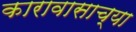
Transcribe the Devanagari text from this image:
कारावासाच्या